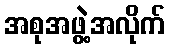
အစုအဖွဲ့အလိုက်